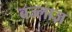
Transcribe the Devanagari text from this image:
बज्लाज़